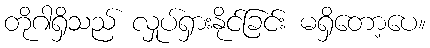
တိုဂါရှိသည် လှုပ်ရှားနိုင်ခြင်း မရှိတော့ပေ။